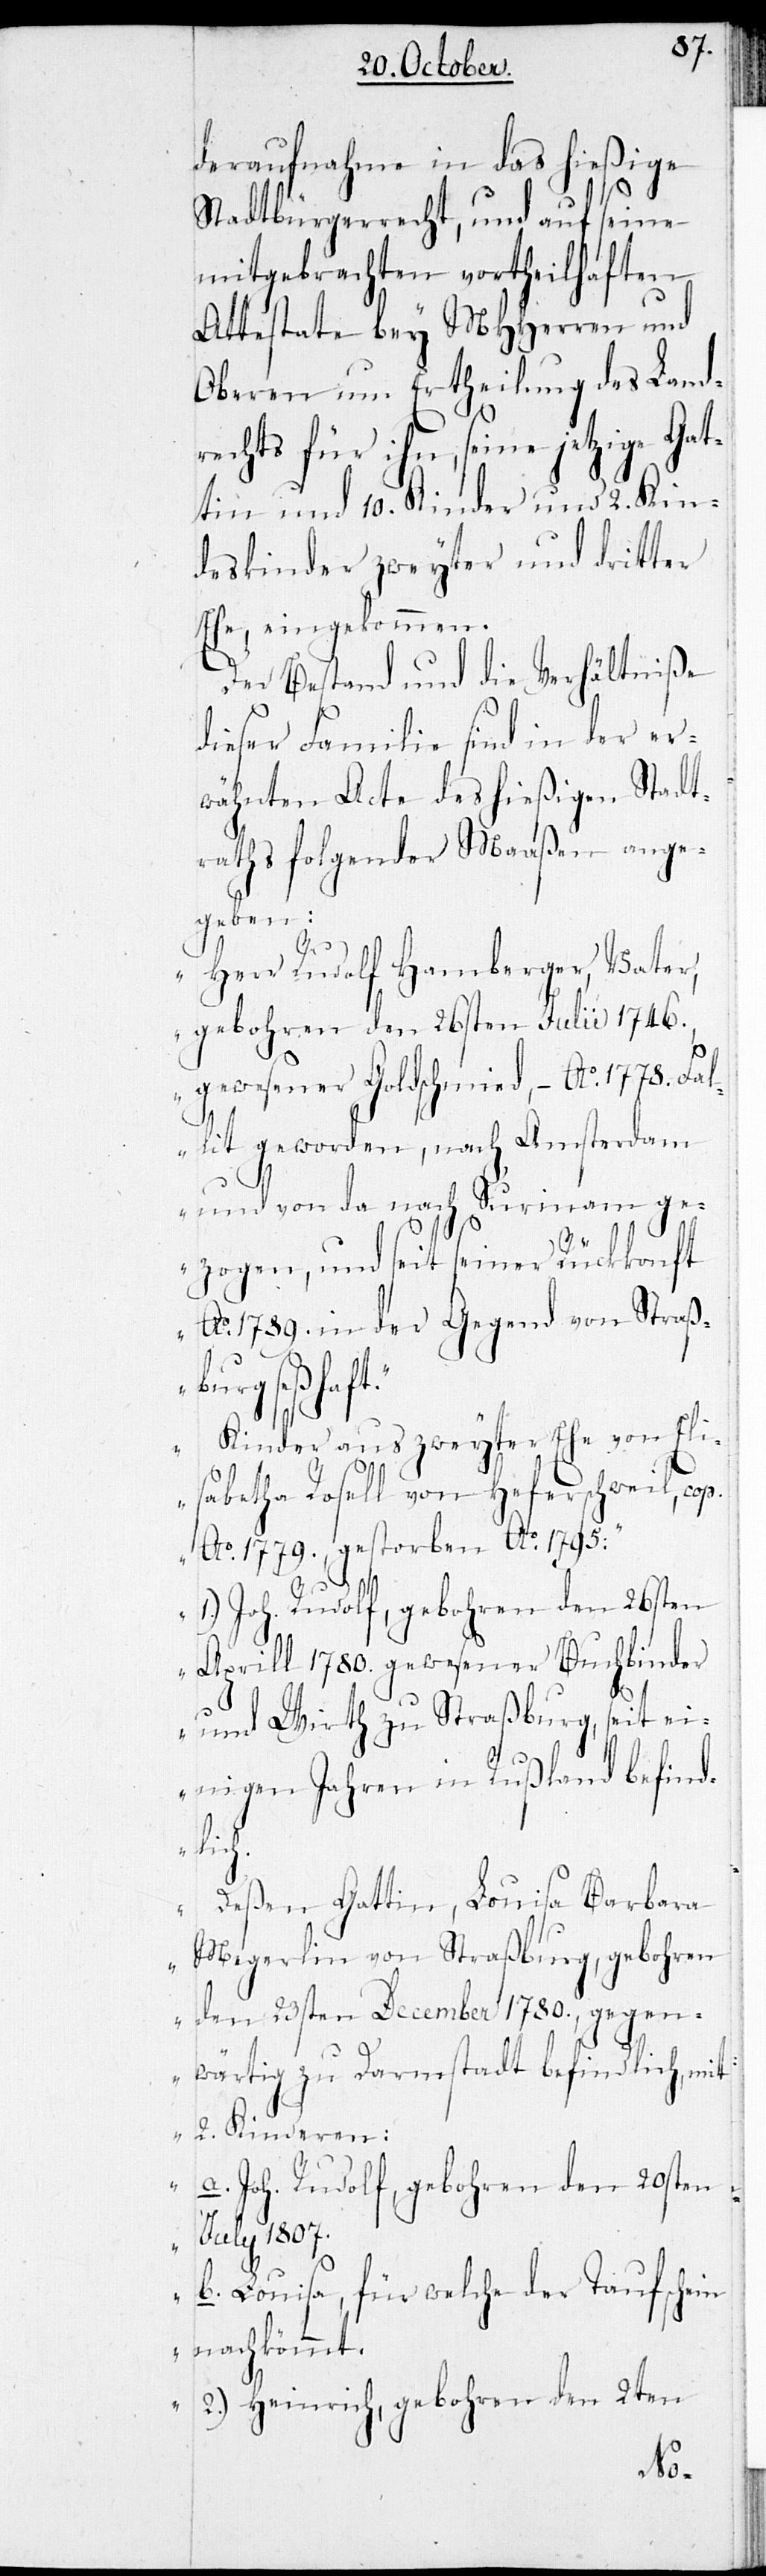
deraufnahme in das hießige
Stadtbürgerrecht, und auf seine
mitgebrachten vortheilhaften
Attestate bey MHHerren und
Oberen um Ertheilung des Land¬
rechts für ihn, seine jetzige Gat¬
tin und 10. Kinder und 2. Kin¬
deskinder zweyter und dritter
Ehe, eingekommen.
Der Bestand und die Verhältniße
dieser Familie sind in der er¬
wähnten Acte des hießigen Stadt¬
rahts folgender Maaßen ange¬
geben:
„Herr Rudolf Hamberger, Vater,
gebohren den 26sten Julii 1746.,
gewesener Goldschmied, – Ao 1778. Fal¬
lit geworden, nach Amsterdam
und von da nach Surinam ge¬
zogen, und seit seiner Rückkonft
Ao 1789. in der Gegend von Straß¬
burg seßhaft.
Kinder aus zweyter Ehe von Eli¬
sabetha Rosell von Heferschweil, co¬
p.
Ao 1779., gestorben Ao 1795.
1.) Joh. Rudolf, gebohren den 26sten
Aprill 1780. gewesener Buchbinder
und Wirth zu Straßburg, seit ei¬
nigen Jahren in Rußland befind¬
lich.
Deßen Gattin, Louisa Barbara
Megerlin von Straßburg, gebohren
den 23sten December 1780., gegen¬
wärtig zu Darmstadt befindlich, mit
2. Kinderen:
a. Joh. Rudolf, gebohren den 20sten
July 1807.
b. Louisa, für welche der Taufschein
nachkömmt.
2.) Heinrich, gebohren den 2ten